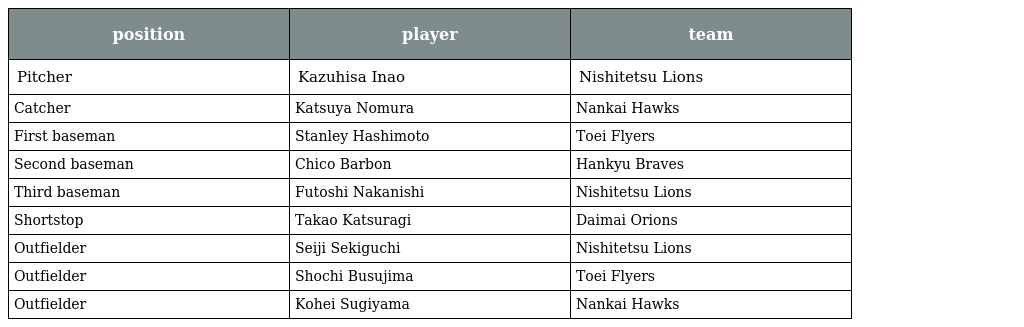
| position | player | team |
 | --- | --- | --- |
 | Pitcher | Kazuhisa Inao | Nishitetsu Lions |
 | Catcher | Katsuya Nomura | Nankai Hawks |
 | First baseman | Stanley Hashimoto | Toei Flyers |
 | Second baseman | Chico Barbon | Hankyu Braves |
 | Third baseman | Futoshi Nakanishi | Nishitetsu Lions |
 | Shortstop | Takao Katsuragi | Daimai Orions |
 | Outfielder | Seiji Sekiguchi | Nishitetsu Lions |
 | Outfielder | Shochi Busujima | Toei Flyers |
 | Outfielder | Kohei Sugiyama | Nankai Hawks |